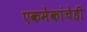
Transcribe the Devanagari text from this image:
एकमेकांचेही